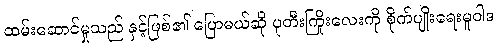
ထမ်းဆောင်မှုသည် နှင့်ဖြစ်၏ ပြောမယ်ဆို ပုတီးကြိုးလေးကို စိုက်ပျိုးရေးမူဝါဒ